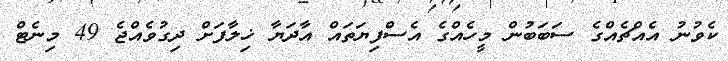
ކެވުނު އެއްޗެއްގެ ސަބަބުން މީހެއްގެ އެސްފިޔަތައް އާދަޔާ ޚިލާފަށް ދިގުވެއްޖެ 49 މިނެޓް